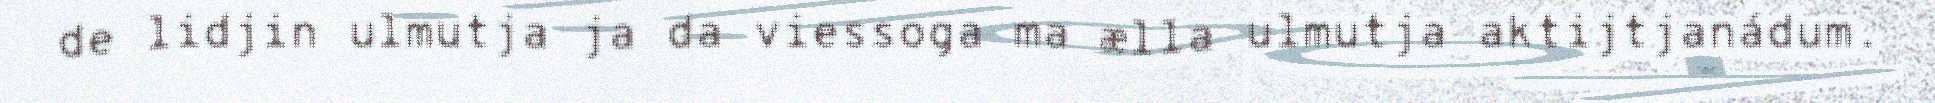
de lidjin ulmutja ja da viessoga ma ælla ulmutja aktijtjanádum.